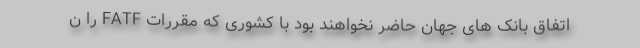
اتفاق بانک های جهان حاضر نخواهند بود با کشوری که مقررات FATF را ن